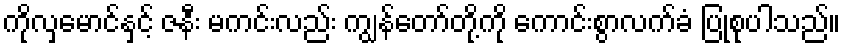
ကိုလှမောင်နှင့် ဇနီး မကင်းလည်း ကျွန်တော်တို့ကို ကောင်းစွာလက်ခံ ပြုစုပါသည်။